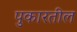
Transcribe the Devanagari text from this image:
पुकारतील